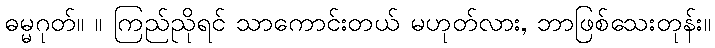
ဓမ္မဂုတ်။ ။ ကြည်ညိုရင် သာကောင်းတယ် မဟုတ်လား, ဘာဖြစ်သေးတုန်း။